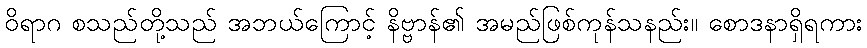
ဝိရာဂ စသည်တို့သည် အဘယ်ကြောင့် နိဗ္ဗာန်၏ အမည်ဖြစ်ကုန်သနည်း။ စောဒနာရှိရကား